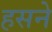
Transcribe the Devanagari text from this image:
हसने